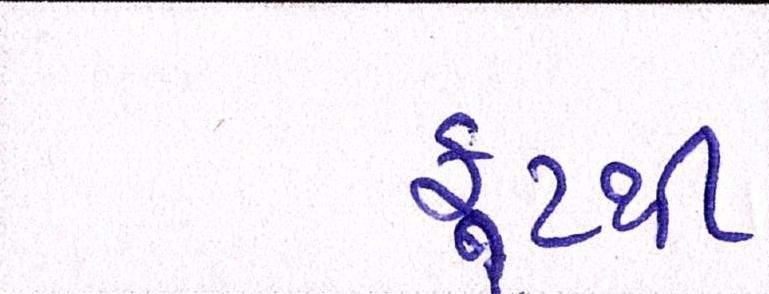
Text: ફૂટથી